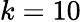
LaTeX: k=10